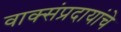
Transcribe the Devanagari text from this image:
वाक्संप्रदायांचे